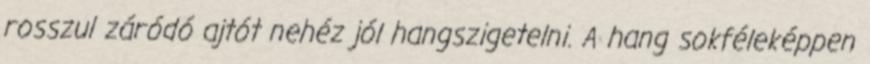
rosszul záródó ajtót nehéz jól hangszigetelni. A hang sokféleképpen